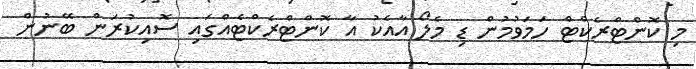
މި ކޮންޓްރެކްޓް ހަމަވުމުން ޑި މެލޯ އާއެކު އާ ކޮންޓްރެކްޓެއްގައި ސޮއިކުރަން ބޭނުން